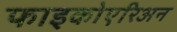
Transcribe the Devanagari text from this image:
फाइकोएरिअन